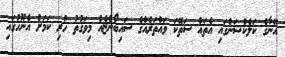
އޭނާގެ ކަލެކްޝަންގައި އެތައް ސަތޭކަ ވައްތަރެއްގެ ސައިބޯންޏެއް މިވަގުތު ހުރި ކަމަށް އެނޫހުގައި